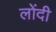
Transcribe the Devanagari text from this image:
लोंदी